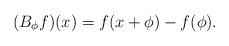
LaTeX: \begin{align*}(B_\phi f)(x) = f(x+\phi) - f(\phi).\end{align*}